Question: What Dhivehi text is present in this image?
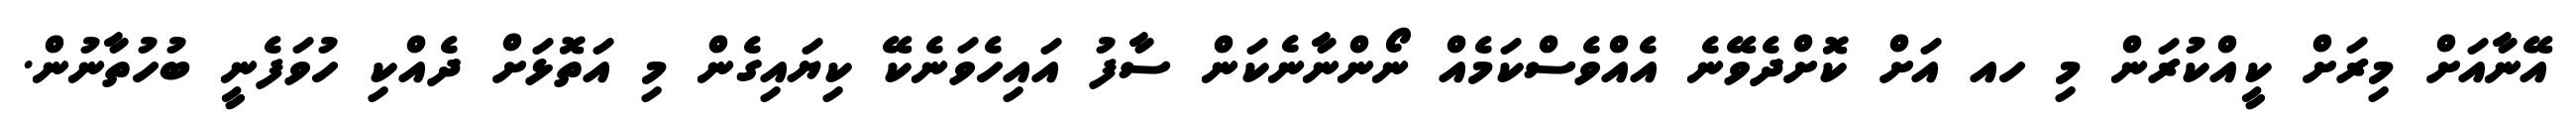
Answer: އޭނާއަށް މިރަށް ކީއްކުރަން މި ހއ އަށް ކޮށްދެވޭނެ އެއްވެސްކަމެއް ނޯންނާނެކަން ސާފު އައިހެވަނެކޭ ކިޔައިގެން މި އަތޮޅަށް ދެއްކި ހުވަފެނީ ބުހުތާނުން.